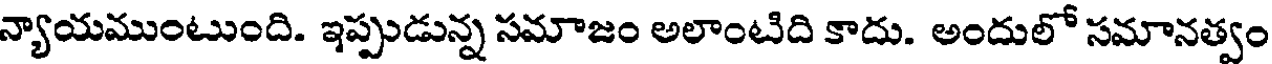
న్యాయముంటుంది. ఇప్పుడున్న సమాజం అలాంటిది కాదు. అందులో సమానత్వం